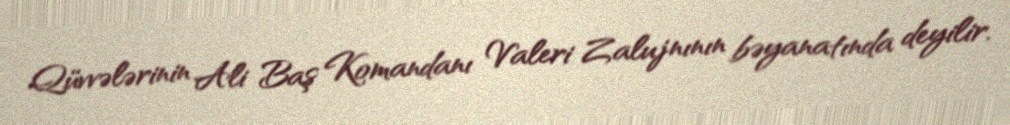
Qüvvələrinin Ali Baş Komandanı Valeri Zalujnının bəyanatında deyilir.